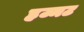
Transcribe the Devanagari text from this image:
हज्मट